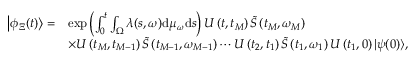
\begin{array} { r l } { \left| \phi _ { \Xi } ( t ) \right\rangle = } & { \exp \left( \int _ { 0 } ^ { t } \int _ { \Omega } \lambda ( s , \omega ) \mathrm { d } \mu _ { \omega } \mathrm { d } s \right) U \left( t , t _ { M } \right) \widetilde { S } \left( t _ { M } , \omega _ { M } \right) } \\ & { \times U \left( t _ { M } , t _ { M - 1 } \right) \widetilde { S } \left( t _ { M - 1 } , \omega _ { M - 1 } \right) \cdots U \left( t _ { 2 } , t _ { 1 } \right) \widetilde { S } \left( t _ { 1 } , \omega _ { 1 } \right) U \left( t _ { 1 } , 0 \right) | \psi ( 0 ) \rangle , } \end{array}